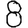
Digit: 8